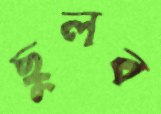
ছুলব